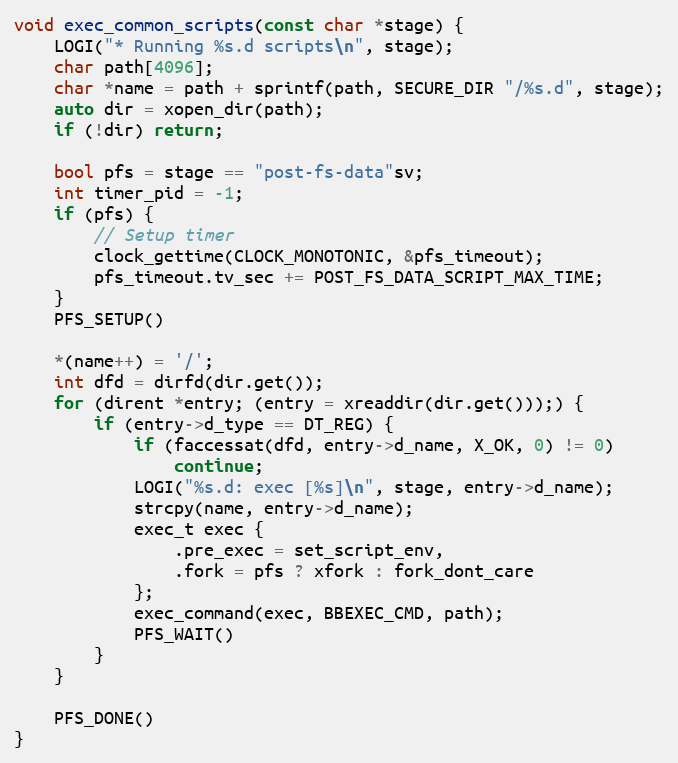
Language: C++
void exec_common_scripts(const char *stage) {
    LOGI("* Running %s.d scripts\n", stage);
    char path[4096];
    char *name = path + sprintf(path, SECURE_DIR "/%s.d", stage);
    auto dir = xopen_dir(path);
    if (!dir) return;

    bool pfs = stage == "post-fs-data"sv;
    int timer_pid = -1;
    if (pfs) {
        // Setup timer
        clock_gettime(CLOCK_MONOTONIC, &pfs_timeout);
        pfs_timeout.tv_sec += POST_FS_DATA_SCRIPT_MAX_TIME;
    }
    PFS_SETUP()

    *(name++) = '/';
    int dfd = dirfd(dir.get());
    for (dirent *entry; (entry = xreaddir(dir.get()));) {
        if (entry->d_type == DT_REG) {
            if (faccessat(dfd, entry->d_name, X_OK, 0) != 0)
                continue;
            LOGI("%s.d: exec [%s]\n", stage, entry->d_name);
            strcpy(name, entry->d_name);
            exec_t exec {
                .pre_exec = set_script_env,
                .fork = pfs ? xfork : fork_dont_care
            };
            exec_command(exec, BBEXEC_CMD, path);
            PFS_WAIT()
        }
    }

    PFS_DONE()
}